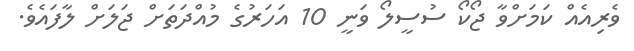
ވެރިއެއް ކަމަށްވާ ޖޯކޯ ސުސީލޯ ވަނީ 10 އަހަރުގެ މުއްދަތަށް ޖަލަށް ލާފައެވެ.